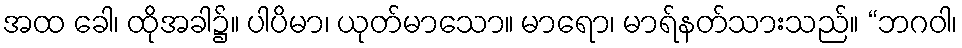
အထ ခေါ၊ ထိုအခါ၌။ ပါပိမာ၊ ယုတ်မာသော။ မာရော၊ မာရ်နတ်သားသည်။ “ဘဂဝါ၊